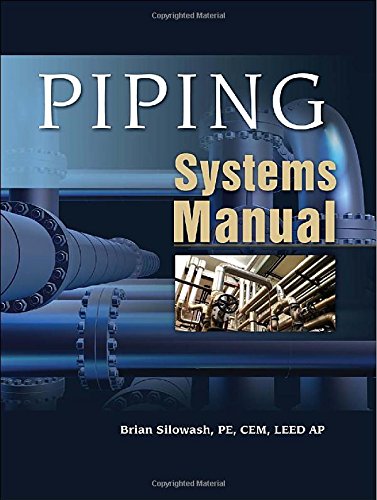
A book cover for Piping Systems Manual; Brian Silowash; Engineering & Transportation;